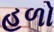
હળો